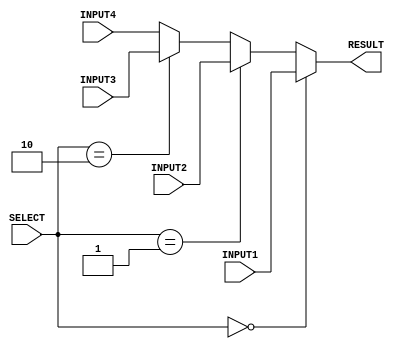
/*
Author - W M D U Thilakarathna
Reg No - E/16/366
*/

`timescale 1ns/100ps

module mux4to1_1bit(INPUT1, INPUT2, INPUT3, INPUT4, RESULT, SELECT);
    input INPUT1, INPUT2, INPUT3, INPUT4; //declare inputs of the module
    input [1:0] SELECT;               //declare inputs
    output reg RESULT;    //declare outputs

    always @(*)
    begin
      if (SELECT == 2'b00)  //selecting according to the select signal
            RESULT = INPUT1;
      else if (SELECT == 2'b01) 
            RESULT = INPUT2;
      else if (SELECT == 2'b10) 
            RESULT = INPUT3;
      else
            RESULT = INPUT4;
    end

endmodule